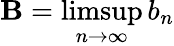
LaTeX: \mathbf{B}=\operatorname*{limsup}_{n\to\infty}b_{n}